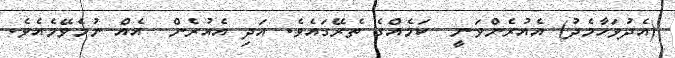
(އެދުވަހާމެދު) އެއުރެންވަނީ  ކަމެއްގެ ތެރޭގައެވެ. އަދި އެއުރެން  އެއް ނުމެވޭމެއެވެ.